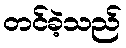
တင်ခဲ့သည်